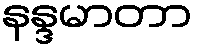
နန္ဒမာတာ